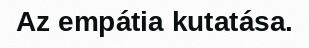
Az empátia kutatása.